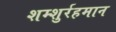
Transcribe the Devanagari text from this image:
शम्शुर्रहमान